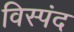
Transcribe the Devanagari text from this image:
विस्पंद